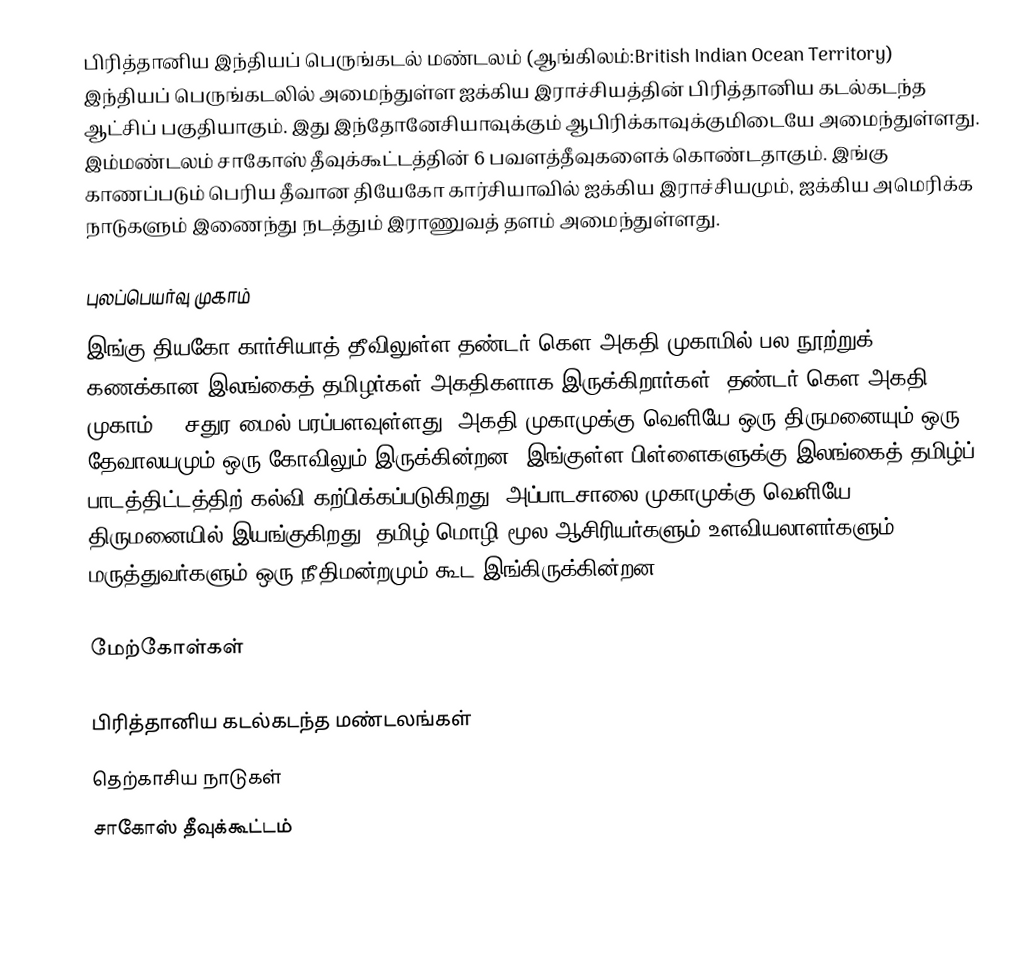
பிரித்தானிய இந்தியப் பெருங்கடல் மண்டலம் (ஆங்கிலம்:British Indian Ocean Territory) இந்தியப் பெருங்கடலில் அமைந்துள்ள ஐக்கிய இராச்சியத்தின் பிரித்தானிய கடல்கடந்த ஆட்சிப் பகுதியாகும். இது இந்தோனேசியாவுக்கும் ஆபிரிக்காவுக்குமிடையே அமைந்துள்ளது. இம்மண்டலம் சாகோஸ் தீவுக்கூட்டத்தின் 6 பவளத்தீவுகளைக் கொண்டதாகும். இங்கு காணப்படும் பெரிய தீவான தியேகோ கார்சியாவில்  ஐக்கிய இராச்சியமும்,  ஐக்கிய அமெரிக்க நாடுகளும் இணைந்து நடத்தும் இராணுவத் தளம் அமைந்துள்ளது.

புலப்பெயர்வு முகாம்
இங்கு தியகோ கார்சியாத் தீவிலுள்ள தண்டர் கௌ அகதி முகாமில் பல நூற்றுக் கணக்கான இலங்கைத் தமிழர்கள் அகதிகளாக இருக்கிறார்கள். தண்டர் கௌ அகதி முகாம் 12 சதுர மைல் பரப்பளவுள்ளது. அகதி முகாமுக்கு வெளியே ஒரு திருமனையும் ஒரு தேவாலயமும் ஒரு கோவிலும் இருக்கின்றன. இங்குள்ள பிள்ளைகளுக்கு இலங்கைத் தமிழ்ப் பாடத்திட்டத்திற் கல்வி கற்பிக்கப்படுகிறது. அப்பாடசாலை முகாமுக்கு வெளியே திருமனையில் இயங்குகிறது. தமிழ் மொழி மூல ஆசிரியர்களும் உளவியலாளர்களும் மருத்துவர்களும் ஒரு நீதிமன்றமும் கூட இங்கிருக்கின்றன.

மேற்கோள்கள்

பிரித்தானிய கடல்கடந்த மண்டலங்கள்
தெற்காசிய நாடுகள்
சாகோஸ் தீவுக்கூட்டம்